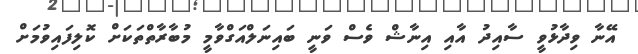
އޭނާ ވިދާޅުވީ ސާއިދު އާއި އިނާޝް ވެސް ވަނީ ބައިނަލްއަގްވާމީ މުބާރާތްތަކަށް ކޮލިފައިވުމަށް